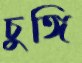
চুঙ্গি